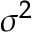
\sigma ^ { 2 }